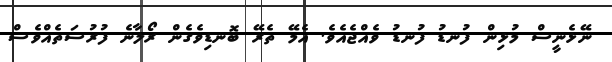
ނޭޅެނީސް މުޅިން ފުނޑު ފުނޑު ވެއްޖެއެވެ. އެމޭ ތެރޭ ބޮނޑިވެގެން ރޯލާނެ ފުރުސަތެއްވެސް